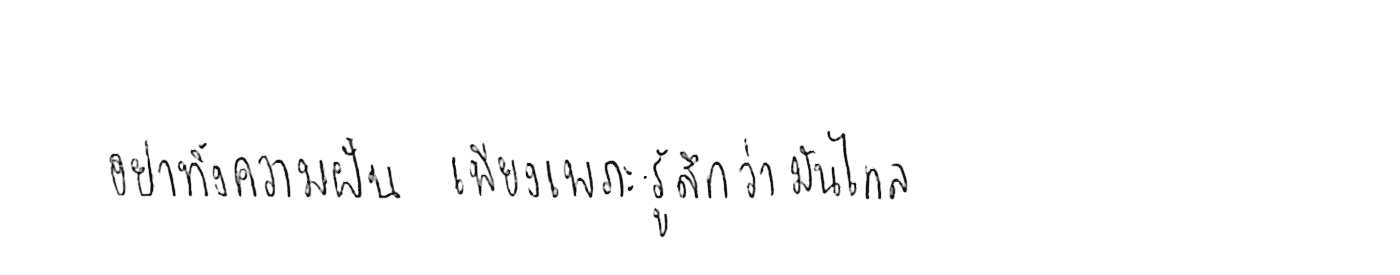
อย่าทิ้งความฝัน เพียงเพราะรู้สึกว่ามันไกล